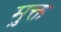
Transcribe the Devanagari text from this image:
मु़क्त